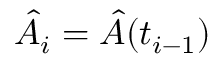
\hat { A } _ { i } = \hat { A } ( t _ { i - 1 } )